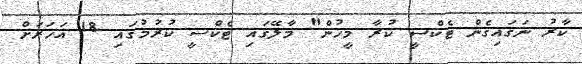
ކާރު ނަގައިގެން ޓެކްސީ ކުރާ މީހުން" މާލޭގައި ޓެކްސީ ކުރުމުގައި 18 އަހަރަށް